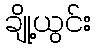
ချို့ယွင်း